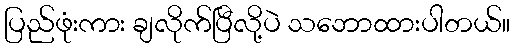
ပြည်ဖုံးကား ချလိုက်ပြီလို့ပဲ သဘောထားပါတယ်။